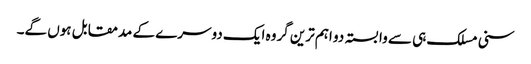
سنی مسلک ہی سے وابستہ دو اہم ترین گروہ ایک دوسرے کے مدمقابل ہوں گے۔